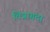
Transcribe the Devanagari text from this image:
चित्रागंदा